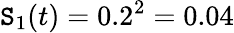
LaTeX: \mathtt{S}_{1}(t)=0.2^{2}=0.04